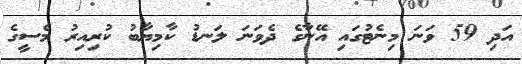
އަދި 59 ވަނަ މިނެޓުގައި އޭނާގެ ދެވަނަ ލަނޑު ކާމިޔާބު ކުރިއިރު މެސީގެ